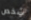
شخص